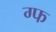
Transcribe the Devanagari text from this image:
ग्फ